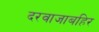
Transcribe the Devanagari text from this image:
दरवाजाबहिर